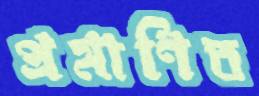
প্রমাণিত